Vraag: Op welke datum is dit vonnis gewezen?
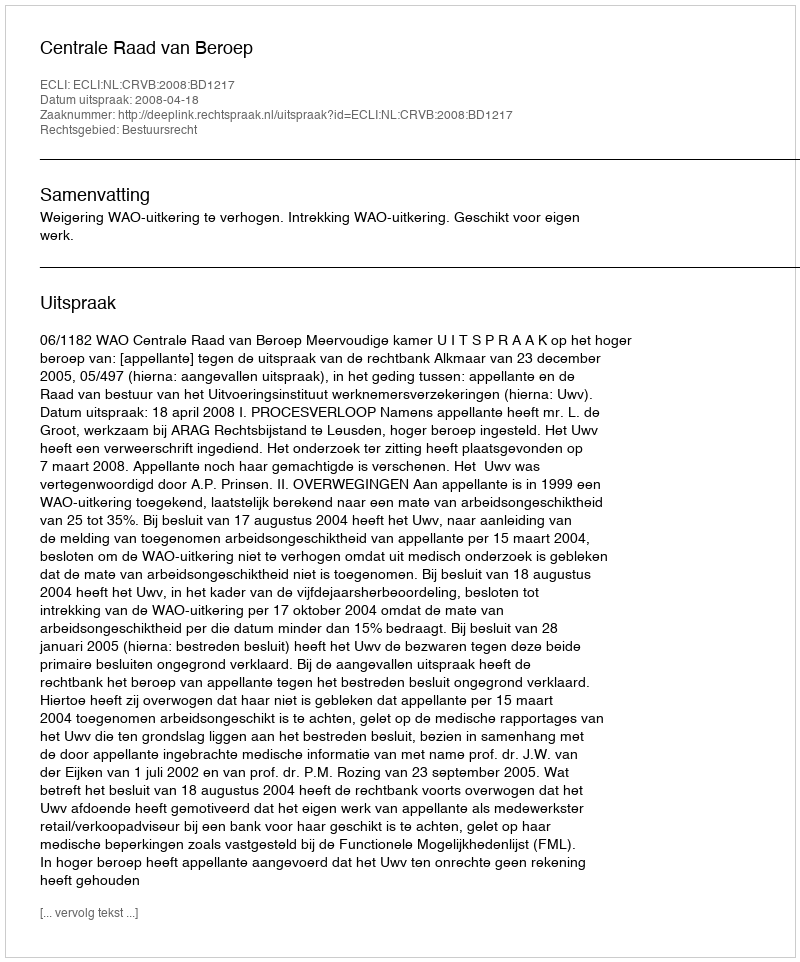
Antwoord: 2008-04-18